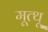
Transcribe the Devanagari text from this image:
मूत्थू